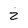
Character: z